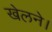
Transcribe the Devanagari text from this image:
खेलने।